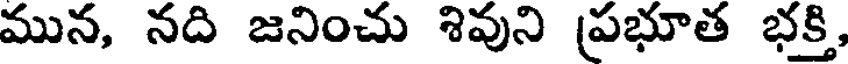
మున, నది జనించు శివుని ప్రభూత భక్తి,